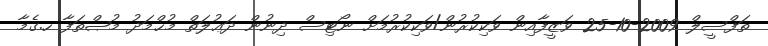
ތަފްސީލް 2009-10-25 ވަޒީފާއިން ވަކިކުރުން/ވަކިކުރުމަށް ނޯޓިސް ދިނުން ދަޢުލަތް މުޙްމަދު މުޞްތަފާ ހ.ގެމާ